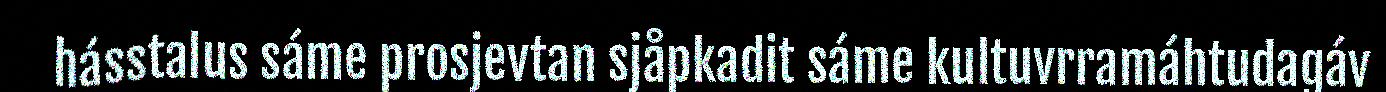
hásstalus sáme prosjevtan sjåpkadit sáme kultuvrramáhtudagáv